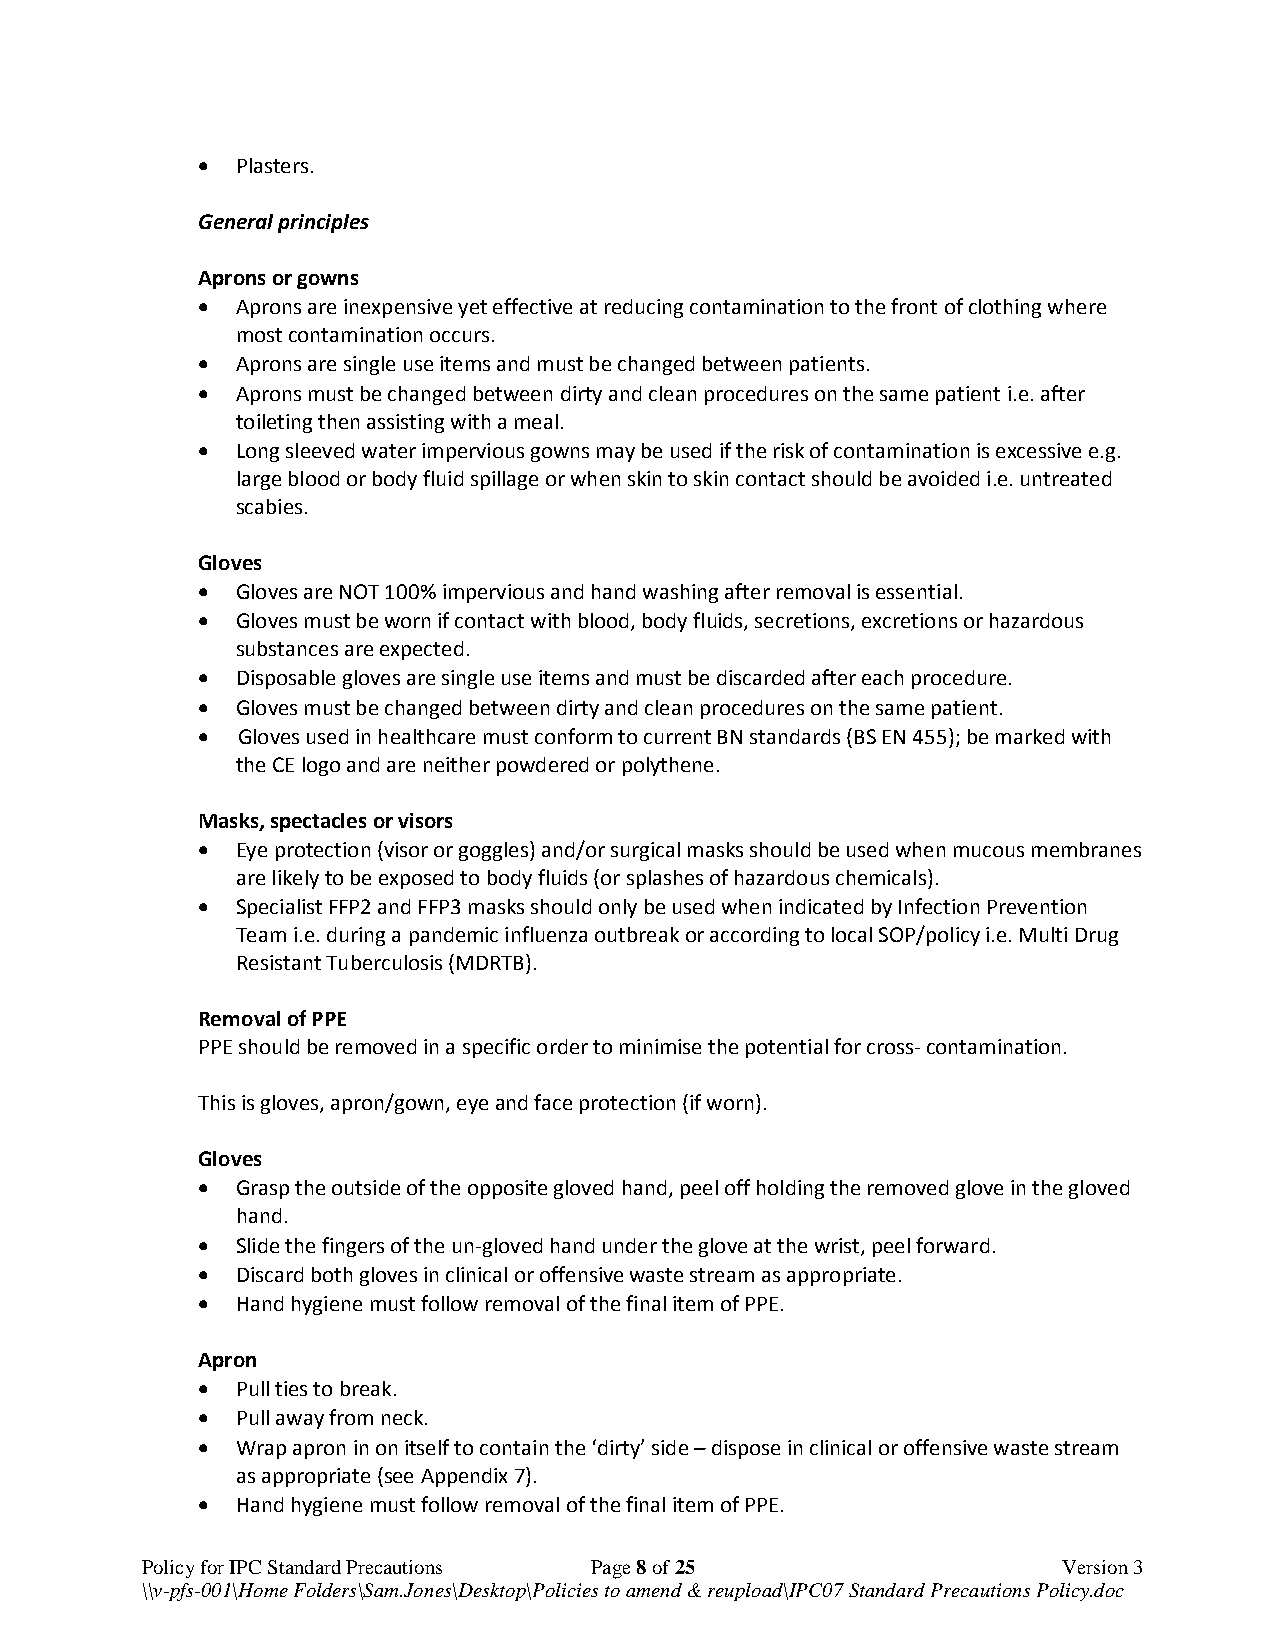
  Plasters.
 General principles
 Aprons or gowns
   Aprons are inexpensive yet effective at reducing contamination to the front of clothing where
 most contamination occurs.
   Aprons are single use items and must be changed between patients.
   Aprons must be changed between dirty and clean procedures on the same patient i.e. after
 toileting then assisting with a meal.
   Long sleeved water impervious gowns may be used if the risk of contamination is excessive e.g.
 large blood or body fluid spillage or when skin to skin contact should be avoided i.e. untreated
 scabies.
 Gloves
   Gloves are NOT 100% impervious and hand washing after removal is essential.
   Gloves must be worn if contact with blood, body fluids, secretions, excretions or hazardous
 substances are expected.
   Disposable gloves are single use items and must be discarded after each procedure.
   Gloves must be changed between dirty and clean procedures on the same patient.
   Gloves used in healthcare must conform to current BN standards (BS EN 455); be marked with
 the CE logo and are neither powdered or polythene.
 Masks, spectacles or visors
   Eye protection (visor or goggles) and/or surgical masks should be used when mucous membranes
 are likely to be exposed to body fluids (or splashes of hazardous chemicals).
   Specialist FFP2 and FFP3 masks should only be used when indicated by Infection Prevention
 Team i.e. during a pandemic influenza outbreak or according to local SOP/policy i.e. Multi Drug
 Resistant Tuberculosis (MDRTB).
 Removal of PPE
 PPE should be removed in a specific order to minimise the potential for cross- contamination.
 This is gloves, apron/gown, eye and face protection (if worn).
 Gloves
   Grasp the outside of the opposite gloved hand, peel off holding the removed glove in the gloved
 hand.
   Slide the fingers of the un-gloved hand under the glove at the wrist, peel forward.
   Discard both gloves in clinical or offensive waste stream as appropriate.
   Hand hygiene must follow removal of the final item of PPE.
 Apron
   Pull ties to break.
   Pull away from neck.
   Wrap apron in on itself to contain the ‘dirty’ side – dispose in clinical or offensive waste stream
 as appropriate (see Appendix 7).
   Hand hygiene must follow removal of the final item of PPE.
 Policy for IPC Standard Precautions Page 8 of 25             Version 3
 \\v-pfs-001\Home Folders\Sam.Jones\Desktop\Policies to amend & reupload\IPC07 Standard Precautions Policy.doc